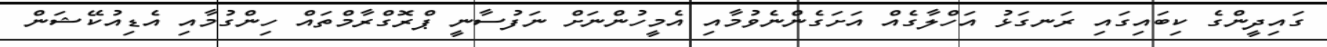
ގައިދީންގެ ކިބައިގައި ރަނގަޅު އަހްލާގެއް އަށަގެންނެވުމާއި އެމީހުންނަށް ނަފުސާނީ ޕްރޮގްރާމްތައް ހިންގުމާއި އެޑިއުކޭޝަން